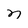
Character: n